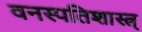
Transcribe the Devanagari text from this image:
वनस्पतिशास्त्र्